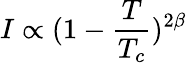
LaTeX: I\propto(1-\frac{T}{T_{c}})^{2\beta}